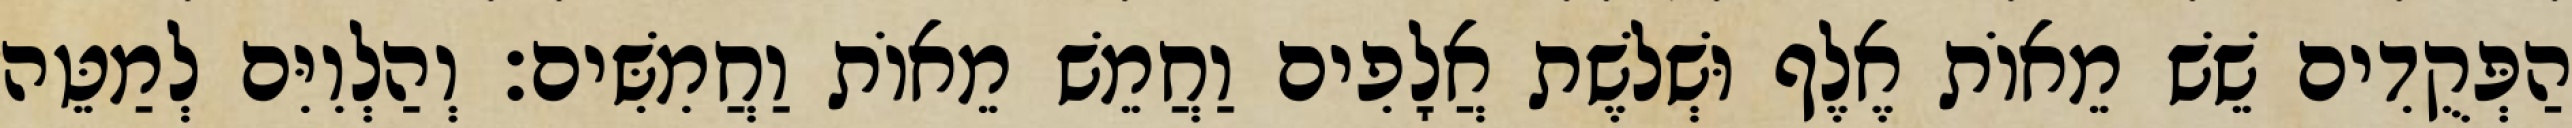
הַפְּקֻדִים שֵׁשׁ מֵאוֹת אֶלֶף וּשְׁלשֶׁת אֲלָפִים וַחֲמֵשׁ מֵאוֹת וַחֲמִשִּׁים׃ וְהַלְוִיִּם לְמַטֵּה